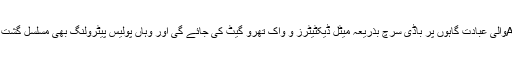
کیٹیگری Aوالی عبادت گاہوں پر باڈی سرچ بذریعہ میٹل ڈیکٹیٹرز و واک تھرو گیٹ کی جائے گی اور وہاں پولیس پیٹرولنگ بھی مسلسل گشت کرے گی۔